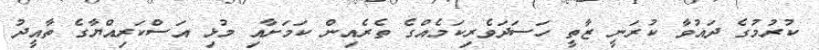
ކުރުމުގެ ދައުވާ ކުރަނީ ޒާތީ ހަސަދަވެރިކަމެއްގެ ތެރެއިން ކަމަށާއި މުޅި އަސްކަރިއްޔާގެ ތާއީދު